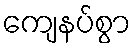
ကျေနပ်စွာ